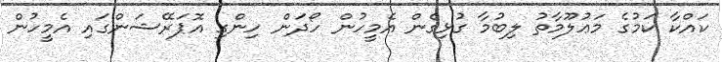
ކައްކާ ކަމުގެ މަޢުލޫމާތު ލިބުމާ ގުޅިގެން އެމީހުން ހޯދަން ހިންގި އޮޕަރޭޝަންގައި އެމީހުން